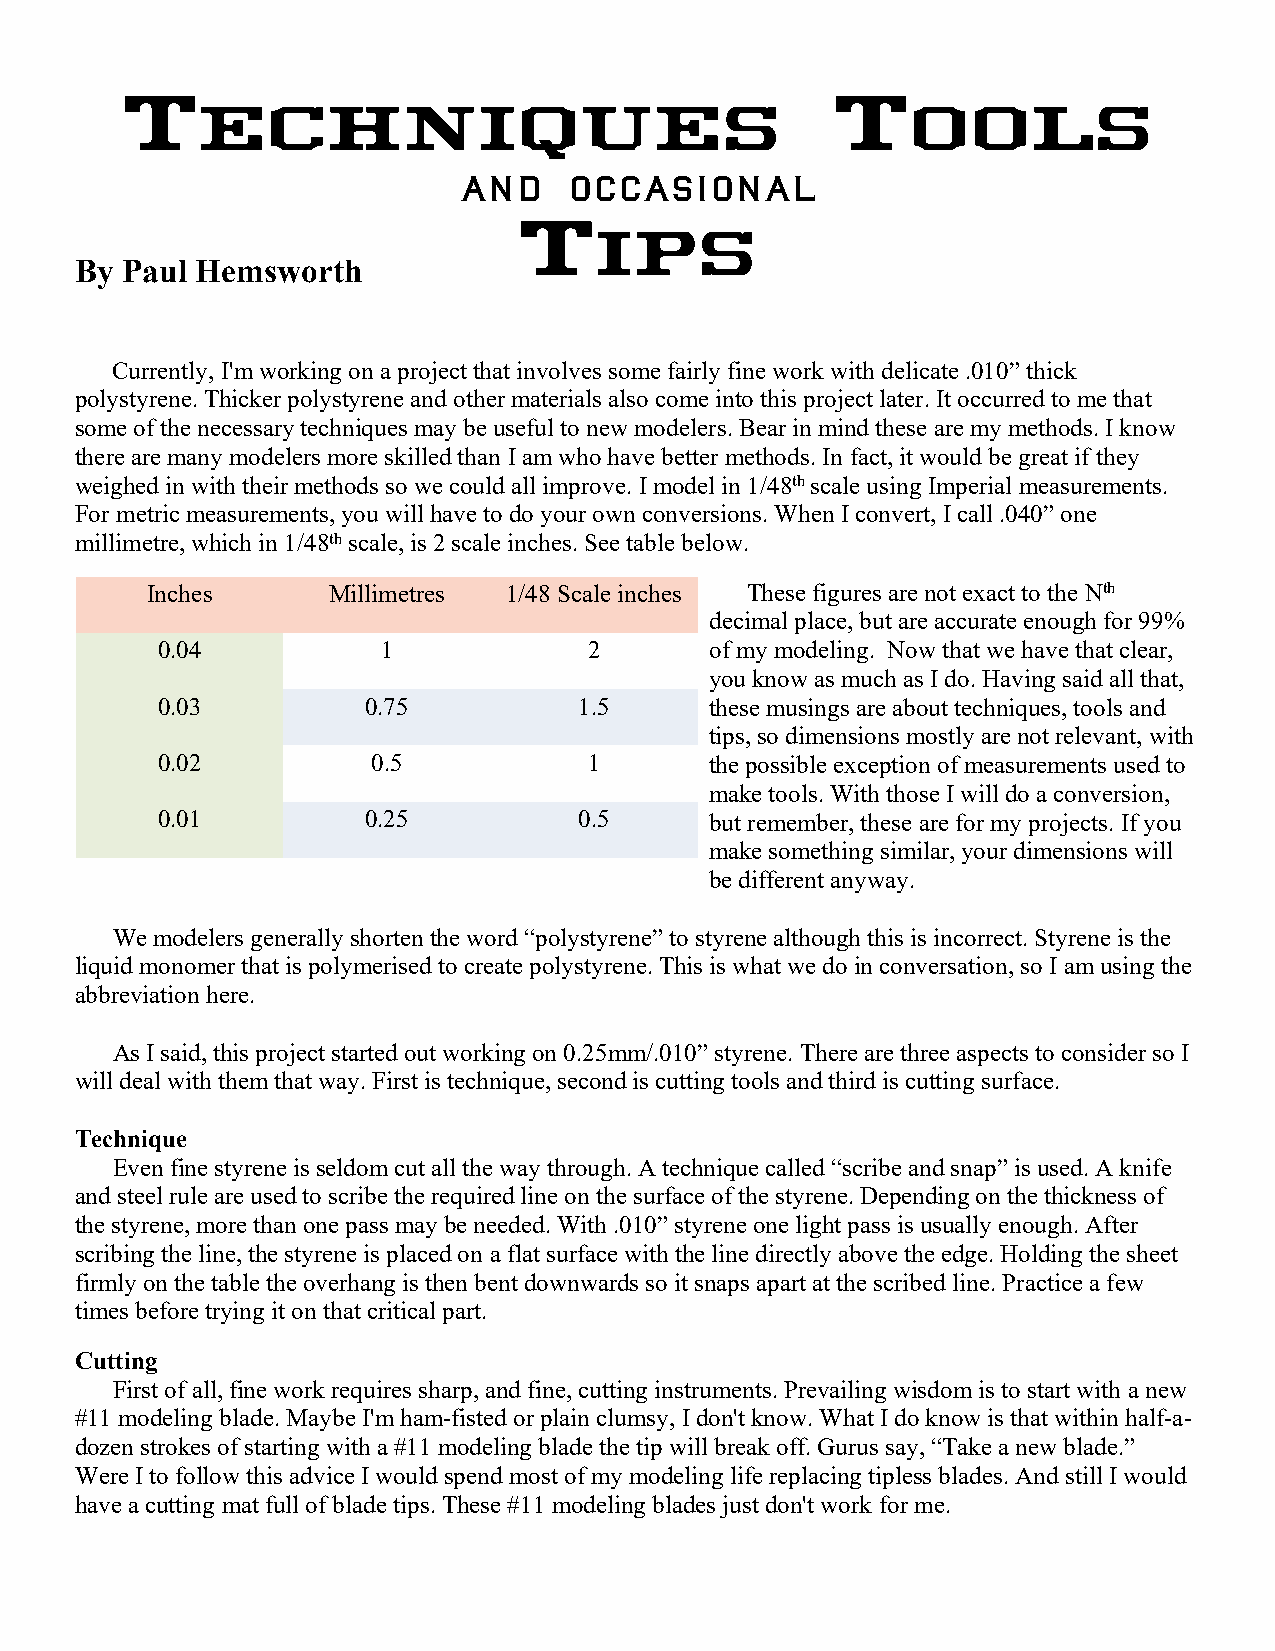
and     occasional
 By Paul Hemsworth
 Currently, I'm working on a project that involves some fairly fine work with delicate .010” thick
 polystyrene. Thicker polystyrene and other materials also come into this project later. It occurred to me that
 some of the necessary techniques may be useful to new modelers. Bear in mind these are my methods. I know
 there are many modelers more skilled than I am who have better methods. In fact, it would be great if they
 weighed in with their methods so we could all improve. I model in 1/48th scale using Imperial measurements.
 For metric measurements, you will have to do your own conversions. When I convert, I call .040” one
 millimetre, which in 1/48th scale, is 2 scale inches. See table below.
 Inches      Millimetres 1/48 Scale inches These figures are not exact to the Nth
 decimal place, but are accurate enough for 99%
 0.04           1             2       of my modeling. Now that we have that clear,
 you know as much as I do. Having said all that,
 0.03          0.75          1.5      these musings are about techniques, tools and
 tips, so dimensions mostly are not relevant, with
 0.02           0.5           1       the possible exception of measurements used to
 make tools. With those I will do a conversion,
 0.01          0.25          0.5      but remember, these are for my projects. If you
 make something similar, your dimensions will
 be different anyway.
 We modelers generally shorten the word “polystyrene” to styrene although this is incorrect. Styrene is the
 liquid monomer that is polymerised to create polystyrene. This is what we do in conversation, so I am using the
 abbreviation here.
 As I said, this project started out working on 0.25mm/.010” styrene. There are three aspects to consider so I
 will deal with them that way. First is technique, second is cutting tools and third is cutting surface.
 Technique
 Even fine styrene is seldom cut all the way through. A technique called “scribe and snap” is used. A knife
 and steel rule are used to scribe the required line on the surface of the styrene. Depending on the thickness of
 the styrene, more than one pass may be needed. With .010” styrene one light pass is usually enough. After
 scribing the line, the styrene is placed on a flat surface with the line directly above the edge. Holding the sheet
 firmly on the table the overhang is then bent downwards so it snaps apart at the scribed line. Practice a few
 times before trying it on that critical part.
 Cutting
 First of all, fine work requires sharp, and fine, cutting instruments. Prevailing wisdom is to start with a new
 #11 modeling blade. Maybe I'm ham-fisted or plain clumsy, I don't know. What I do know is that within half-a-
 dozen strokes of starting with a #11 modeling blade the tip will break off. Gurus say, “Take a new blade.”
 Were I to follow this advice I would spend most of my modeling life replacing tipless blades. And still I would
 have a cutting mat full of blade tips. These #11 modeling blades just don't work for me.